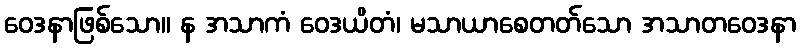
ဝေဒနာဖြစ်သော။ န အသာကံ ဝေဒယိတံ၊ မသာယာစေတတ်သော အသာတဝေဒနာ